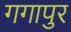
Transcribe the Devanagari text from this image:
गगापुर